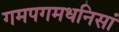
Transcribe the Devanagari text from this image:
गमपगमधनिसां